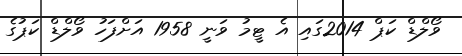
ވޯލްޑް ކަޕް 2014ގައި އެ ޓީމު ވަނީ 1958 އަށްފަހު ވޯލްޑް ކަޕުގެ